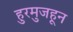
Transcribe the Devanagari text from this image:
हुरमुजहून